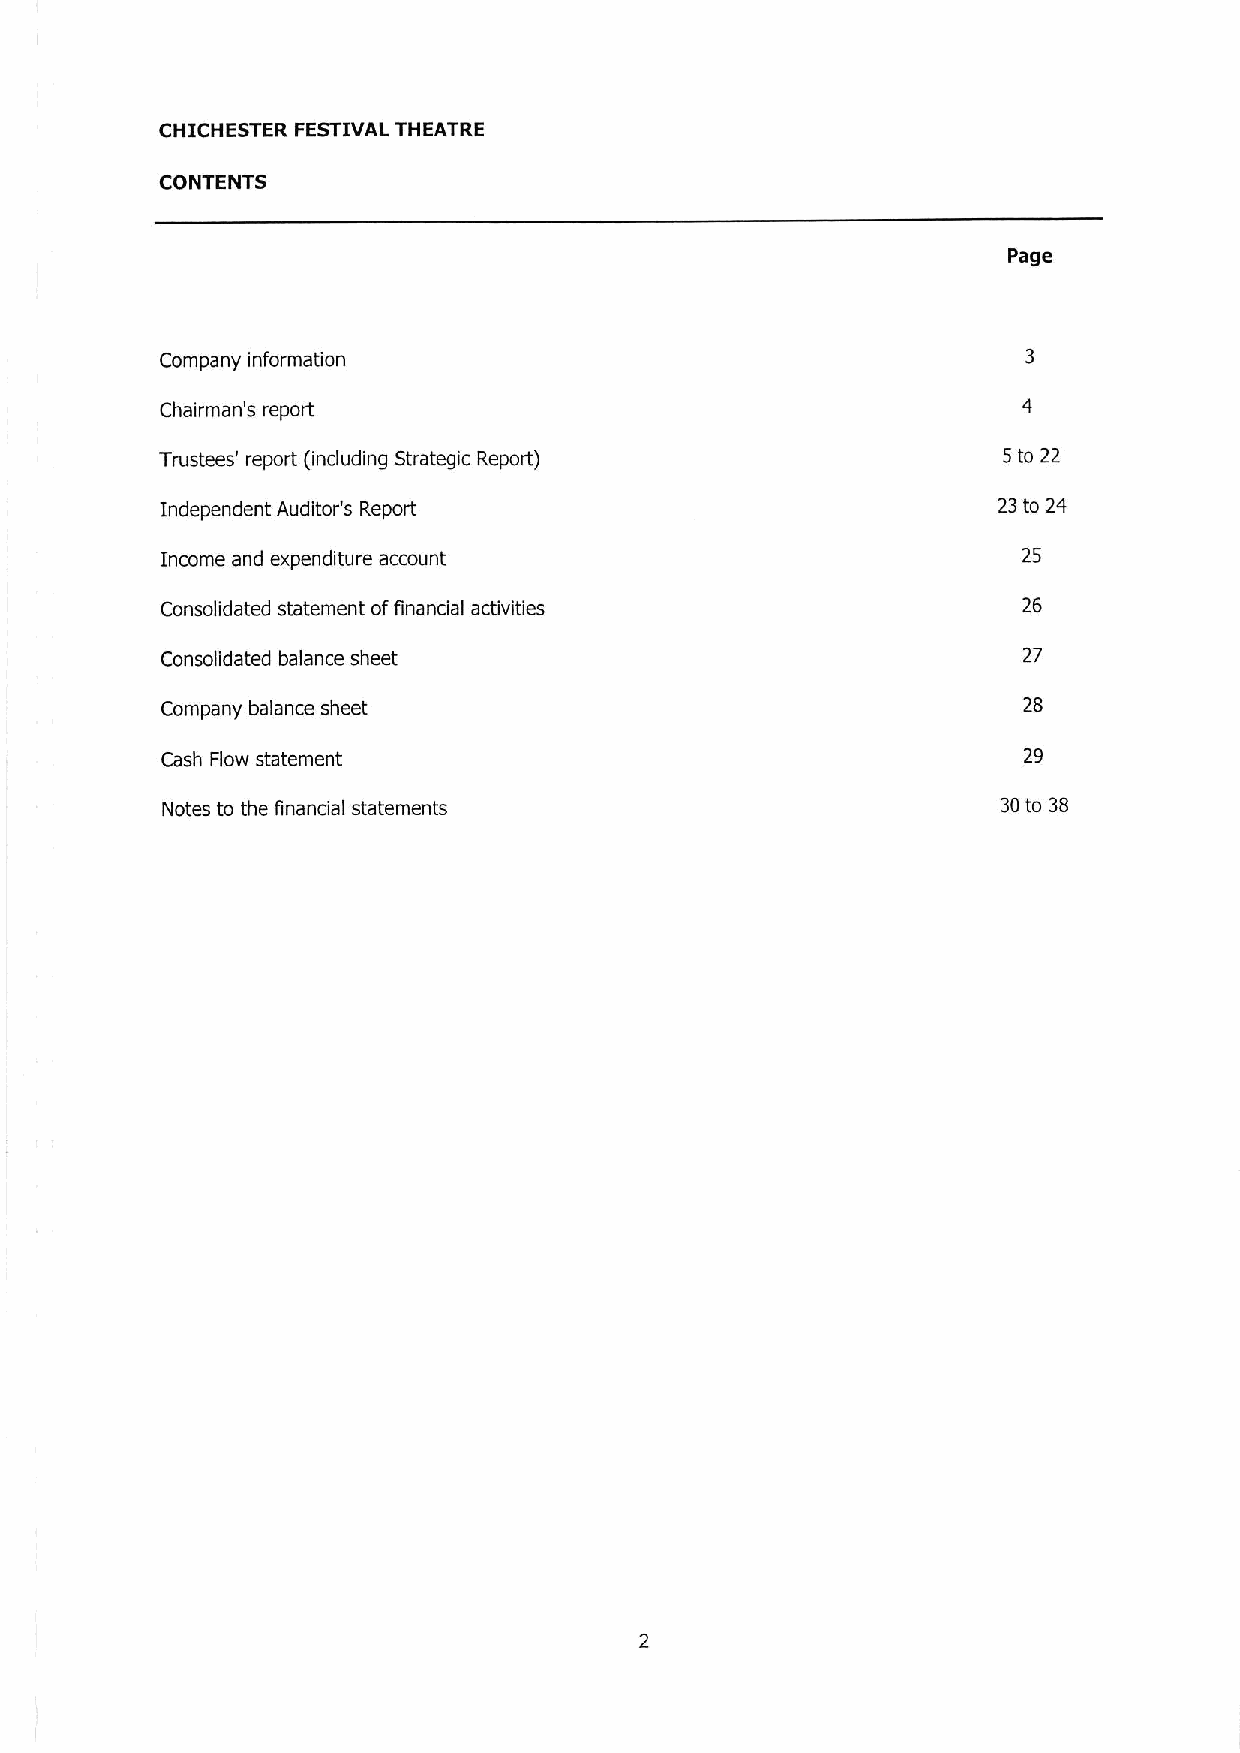
CHICHESTER FESTIVAL THEATRE
 CONTENTS
 Page
 Company information
 Chairman's report
 Trustees' report (including Strategic Report)          5to 22
 Independent Auditor's Report                           23to 2n
 Income and expenditure account                           25
 Consolidated statement offinancial activities            26
 Consolidated balance sheet                               27
 Company balance sheet                                    28
 Cash Flow statement                                      29
 Notes to the financial statements                      30to 38